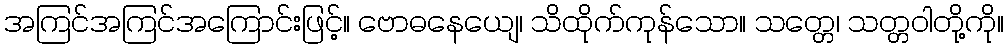
အကြင်အကြင်အကြောင်းဖြင့်။ ဗောဓနေယျေ၊ သိထိုက်ကုန်သော။ သတ္တေ၊ သတ္တဝါတို့ကို။